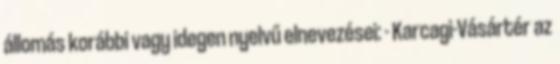
állomás korábbi vagy idegen nyelvű elnevezései: - Karcagi-Vásártér az